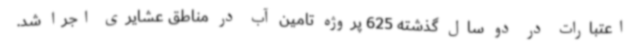
اعتبارات در دو سال گذشته 625 پروژه تامین آب در مناطق عشایری اجرا شد.